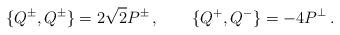
LaTeX: \begin{align*}\{Q^\pm,Q^\pm\}=2\sqrt2 P^\pm\,,\qquad \{Q^+,Q^-\}=-4P^\perp\,.\end{align*}